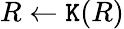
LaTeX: R\leftarrow\texttt{K}(R)